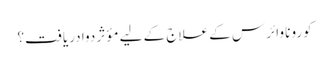
کورونا وائرس کے علاج کے لیے مؤثر دوا دریافت؟